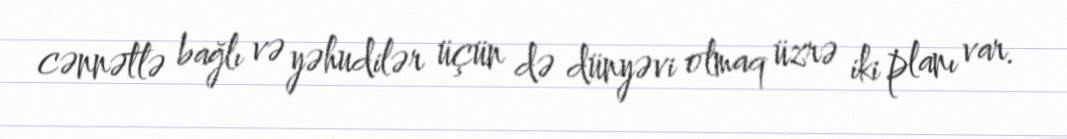
cənnətlə bağlı və yəhudilər üçün də dünyəvi olmaq üzrə iki planı var.